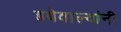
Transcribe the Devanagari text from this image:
डबेवाल्यांनी